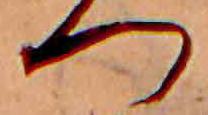
つ